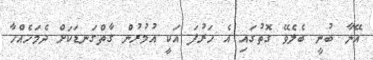
އޭނާ ބުނީ ބެލެވޭ ގޮތުގައި އެ ހަރުފަ އަކީ އުމުރުން ގާތްގަނޑަކަށް ދެމަހެއްހާ